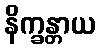
နိက္ခန္တာယ